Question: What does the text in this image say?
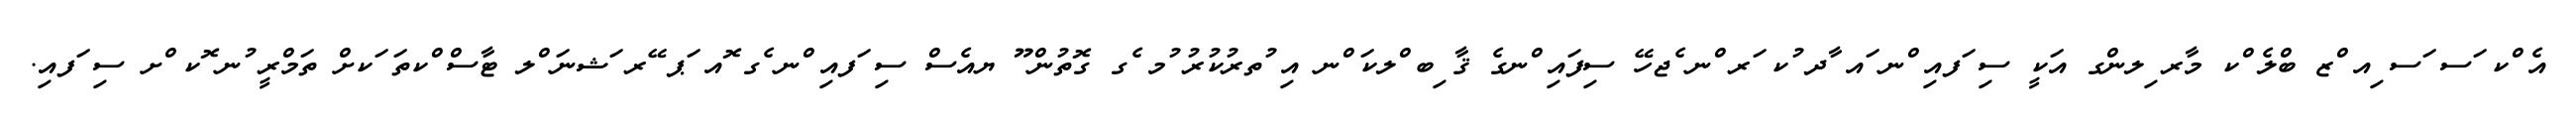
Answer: އެ ްކ ަސ ަސ ިއ ްޒ ބްލެ ްކ މާރ ިލންގ އަކީ ސި ަފއި ްނ ައ ާދ ުކ ަރ ްނ ެޖހޭ ސިފައި ްނގެ ޤާ ިބ ްލކަ ްނ އި ުތރުކުރު ުމ ެގ ގޮތުން ޫ ޔއެސް ސި ަފއި ްނ ެގ ޮއ ަޕ ޭރ ަޝނަ ްލ ޓާސް ްކތަ ަކށް ތަމްރީ ުނ ޮކ ްށ ސި ަފއި.